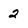
Character: 2